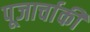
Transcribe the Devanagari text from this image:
पूजार्चाकी